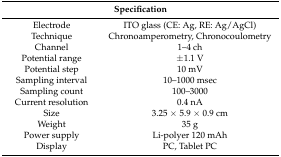
| <COLSPAN=2> Specification |
 | --- | --- |
 | Electrode | ITO glass (CE: Ag, RE: Ag/AgCl) |
 | Technique | Chronoamperometry, Chronocoulometry |
 | Channel | 1–4 ch |
 | Potential range | ±1.1 V |
 | Potential step | 10 mV |
 | Sampling interval | 10–1000 msec |
 | Sampling count | 100–3000 |
 | Current resolution | 0.4 nA |
 | Size | 3.25 × 5.9 × 0.9 cm |
 | Weight | 35 g |
 | Power supply | Li-polyer 120 mAh |
 | Display | PC, Tablet PC |